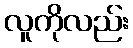
လူကိုလည်း